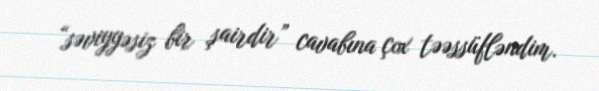
“səviyyəsiz bir şairdir” cavabına çox təəssüfləndim.